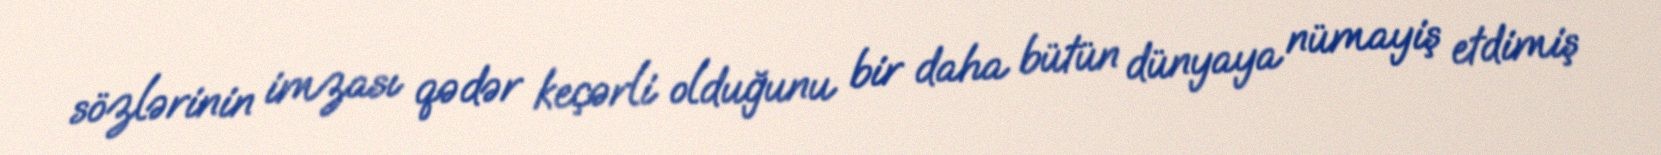
sözlərinin imzası qədər keçərli olduğunu bir daha bütün dünyaya nümayiş etdimiş